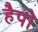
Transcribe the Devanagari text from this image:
हैपो